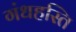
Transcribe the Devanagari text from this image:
गंधहस्ति